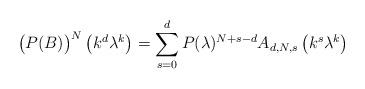
LaTeX: \begin{align*}\big(P(B)\big)^N\left(k^d\lambda^k\right)=\sum_{s=0}^d P(\lambda)^{N+s-d}A_{d,N,s}\left(k^s\lambda^k\right)\end{align*}